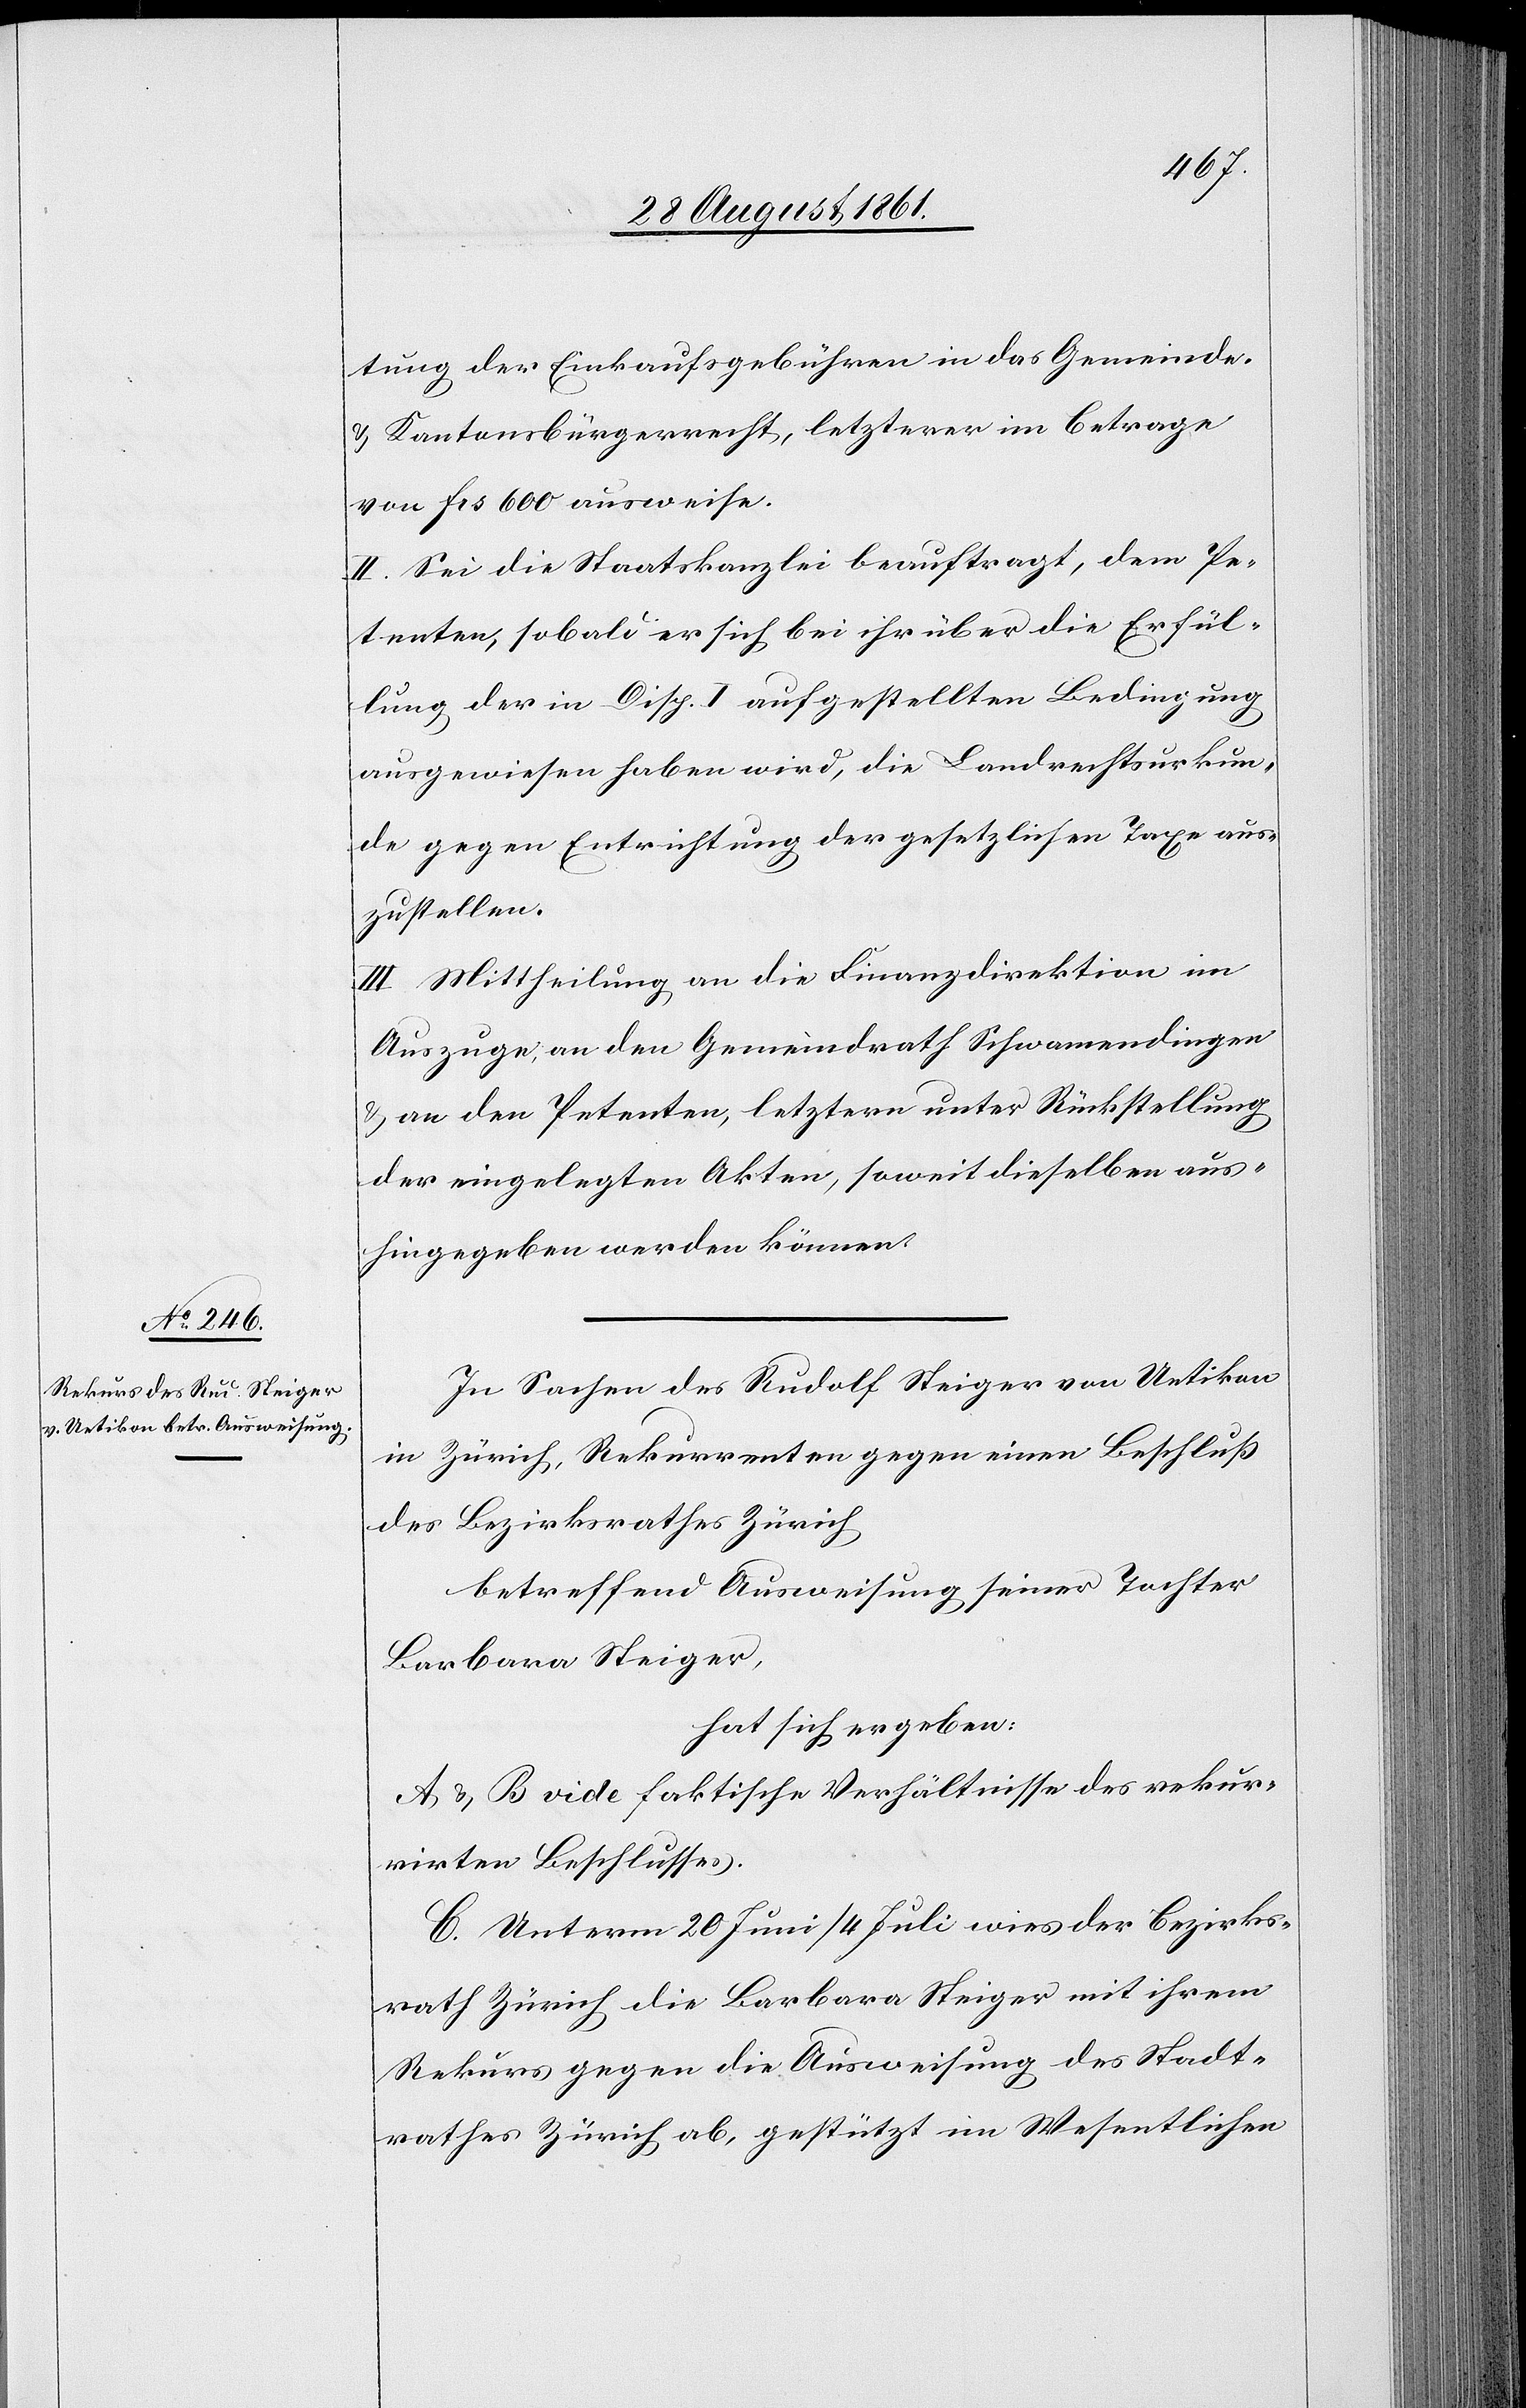
tung der Einkaufsgebühren in das Gemeinde-
u. Kantonsbürgerrecht, letzterer im Betrage
von frs 600 ausweise.
II. Sei die Staatskanzlei beauftragt, dem Pe¬
tenten, sobald er sich bei ihr über die Erfül¬
lung der in Disp. I aufgestellten Bedingung
ausgewiesen haben wird, die Landrechtsurkun¬
de gegen Entrichtung der gesetzlichen Taxe aus¬
zustellen.
III. Mittheilung an die Finanzdirektion im
Auszuge, an den Gemeindrath Schwamendingen
u. an den Petenten, letztern unter Rückstellung
der eingelegten Akten, soweit dieselben aus¬
hingegeben werden können.
In Sachen des Rudolf Steiger von Uetikon
in Zürich, Rekurrent gegen einen Beschluß
des Bezirksrathes Zürich
betreffend Ausweisung seiner Tochter
Barbara Steiger,
hat sich ergeben:
A u. B vide faktische Verhältnisse des rekur¬
rirten Beschlusses.
C. Unterm 20 Juni / 4 Juli wies der Bezirks¬
rath Zürich die Barbara Steiger mit ihrem
Rekurs gegen die Ausweisung des Stadt¬
rathes Zürich ab, gestützt im Wesentlichen